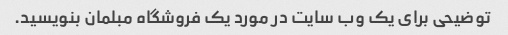
توضیحی برای یک وب سایت در مورد یک فروشگاه مبلمان بنویسید.